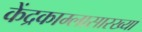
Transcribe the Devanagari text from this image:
केंद्रकाम्लासारख्या